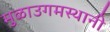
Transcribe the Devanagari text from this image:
मुळाउगमस्थानी